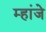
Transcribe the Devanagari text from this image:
म्हांजे